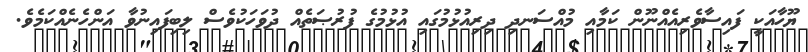
ޔޫހާއަކީ ފައިސާވެރިއެއްނޫން ކަމާއި މުއްސަނދި ދިރިއުޅުމުގައި އުޅުމުގެ ފުރުޞަތެއް ދުވަހަކުވެސް ލިބިފައިނުވާ އަންހެނެއްކަމެވެ.